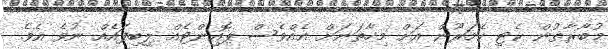
މުބާރާތުން ކެޓި ކެމަރޫން އަށް މިހާތަނަށް އެއްވެސް ޕޮއިންޓެއް ލިބިފައެއް ނުވެ އެވެ.